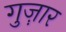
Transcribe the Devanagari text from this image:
गुज़़ार